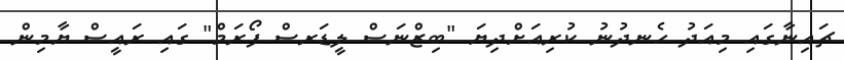
ޗައިނާގައި މިއަދު ހެނދުނު ކުރިއަށްދިޔަ "ބިޒްނަސް ލީޑަރސް ފޯރަމް" ގައި ރައީސް ޔާމިން